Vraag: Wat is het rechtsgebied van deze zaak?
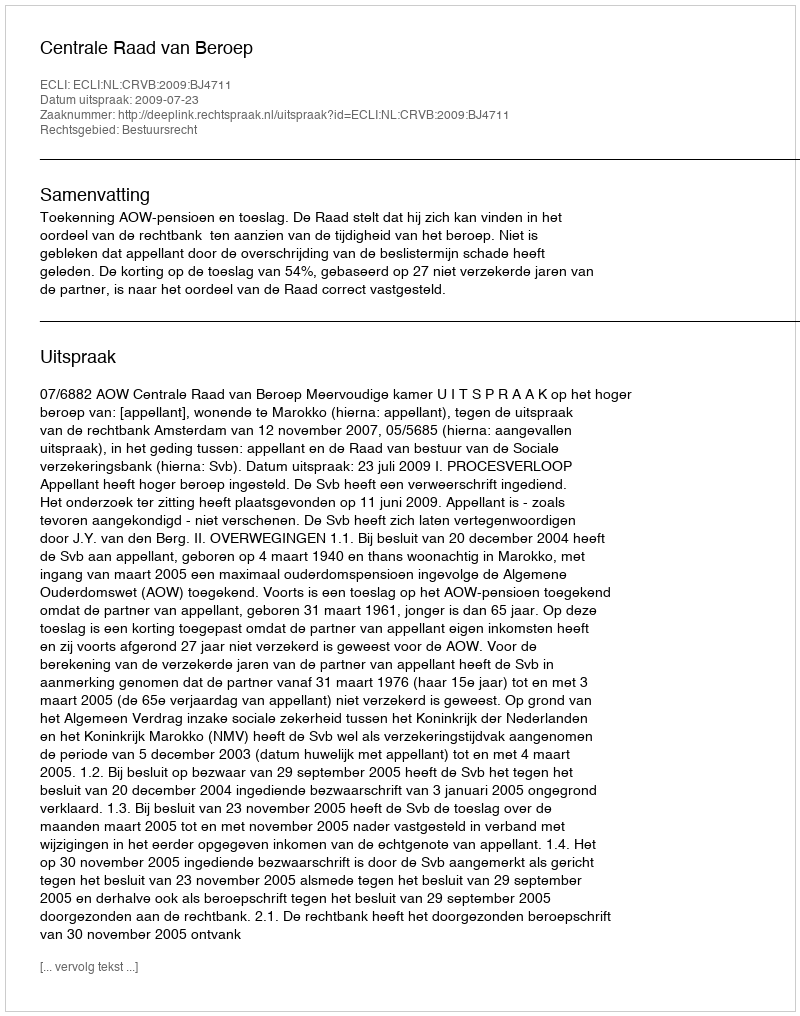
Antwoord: Bestuursrecht